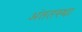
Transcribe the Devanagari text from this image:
अंततस्था